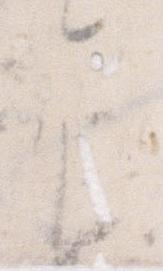
言